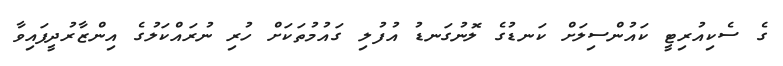
ގެ ސެކިއުރިޓީ ކައުންސިލަށް ކަނޑުގެ ލޮނުގަނޑު އުފުލި ގައުމުތަކަށް ހުރި ނުރައްކަލުގެ އިންޒާރުދީފައިވާ